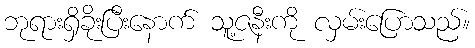
ဘုရားရှိခိုးပြီးနောက် သူ့ဇနီးကို လှမ်းပြောသည်။